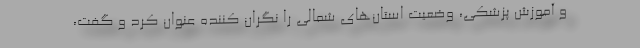
و آموزش پزشکی، وضعیت استان‌های شمالی را نگران کننده عنوان کرد و گفت،